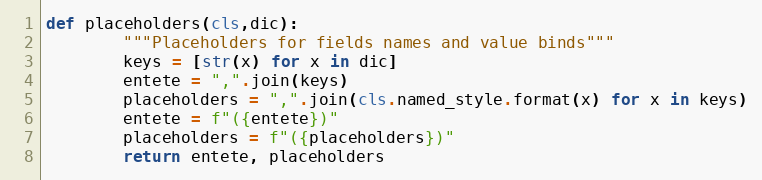
Language: Python
def placeholders(cls,dic):
        """Placeholders for fields names and value binds"""
        keys = [str(x) for x in dic]
        entete = ",".join(keys)
        placeholders = ",".join(cls.named_style.format(x) for x in keys)
        entete = f"({entete})"
        placeholders = f"({placeholders})"
        return entete, placeholders